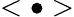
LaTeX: <\bullet>